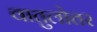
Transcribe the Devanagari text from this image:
वातुलोतर